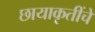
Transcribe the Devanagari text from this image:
छायाकृतींचे